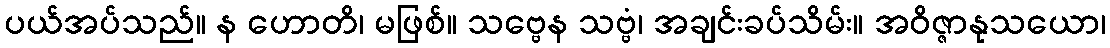
ပယ်အပ်သည်။ န ဟောတိ၊ မဖြစ်။ သဗ္ဗေန သဗ္ဗံ၊ အချင်းခပ်သိမ်း။ အဝိဇ္ဇာနုသယော၊